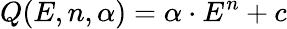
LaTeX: Q(E,n,\alpha)=\alpha\cdot E^{n}+c